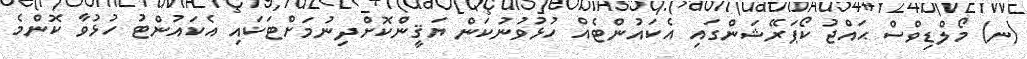
(ނ) މޯލްޑިވްސް ޙައްޖު ކޯޕަރޭޝަންގައި އެކައުންޓެއް ހުޅުވުނުކަން ޔަޤީންކޮށްދިނުމަށްޓަކައި އެކައުންޓު ހުޅުވާ ކޮންމެ